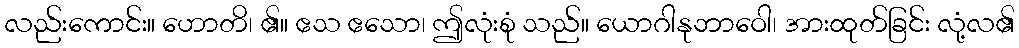
လည်းကောင်း။ ဟောတိ၊ ၏။ ဧသ ဧသော၊ ဤလုံးစုံ သည်။ ယောဂါနုဘာဝေါ၊ အားထုတ်ခြင်း လုံ့လ၏